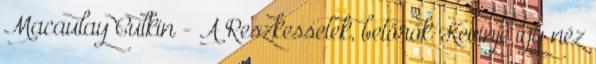
Macaulay Culkin - A Reszkessetek, betörők Kevinje így néz